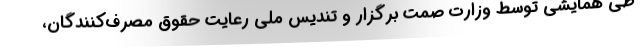
طی همایشی توسط وزارت صمت برگزار و تندیس ملی رعایت حقوق مصرف‌کنندگان،